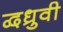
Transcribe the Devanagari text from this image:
द्वध्रुवी